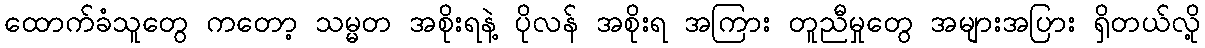
ထောက်ခံသူတွေ ကတော့ သမ္မတ အစိုးရနဲ့ ပိုလန် အစိုးရ အကြား တူညီမှုတွေ အများအပြား ရှိတယ်လို့